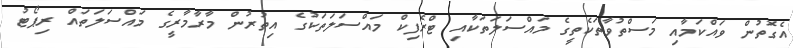
އެގޮތުން ވައްކަމާއި މަސްތުވާތަކެތީގެ މައްސަލަތަކާއި ޓްރެފިކް މައްސަލަތަކުގެ އިތުރުން މާރާމާރީގެ މައްސަލަތައް ރިޕޯޓު